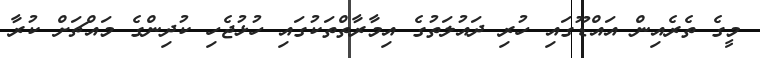
މީގެ ތެރެއިން އައްޑޫގައި ހުރި ދައުލަތުގެ އިމާރާތްތަކުގައި ހުޅުޖެހި ކުދިންގެ މައްޗަށް ކުރާ